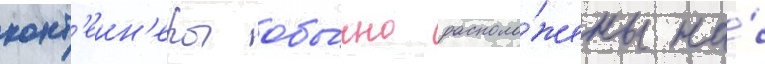
конт'еин'еры обы́чно располо́жены на́